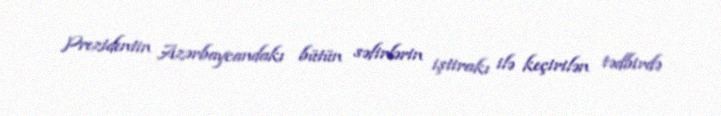
Prezidentin Azərbaycandakı bütün səfirlərin iştirakı ilə keçirilən tədbirdə